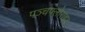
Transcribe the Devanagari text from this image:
पञ्चफ्लोराइड